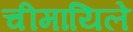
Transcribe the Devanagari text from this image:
चीमायिले